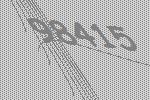
98415